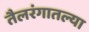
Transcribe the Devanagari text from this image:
तैलरंगातल्या